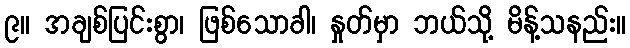
၉။ အချစ်ပြင်းစွာ၊ ဖြစ်သောခါ၊ နှုတ်မှာ ဘယ်သို့ မိန့်သနည်း။